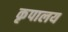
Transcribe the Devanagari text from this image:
कृपालय